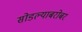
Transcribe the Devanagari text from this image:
सोडल्याबरोबर